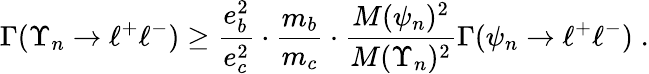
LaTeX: \Gamma(\Upsilon_{n}\rightarrow\ell^{+}\ell^{-})\ge\frac{e_{b}^{2}}{e_{c}^{2}}\cdot\frac{m_{b}}{m_{c}}\cdot\frac{M(\psi_{n})^{2}}{M(\Upsilon_{n})^{2}}\Gamma(\psi_{n}\rightarrow\ell^{+}\ell^{-})\; .